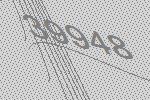
39948